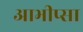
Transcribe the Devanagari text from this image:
आभीप्सा